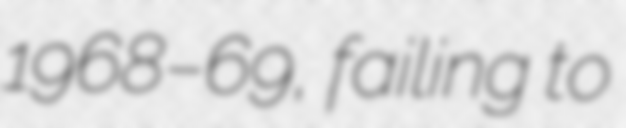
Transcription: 1968–69, failing to